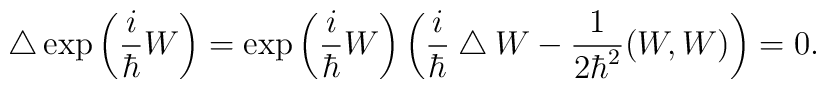
\bigtriangleup \exp \left( \frac{i}{\hbar} W \right) =\exp \left( \frac{i}{\hbar} W \right) \left( \frac{i}{\hbar} \bigtriangleup W -\frac{1}{2 \hbar^2} (W,W) \right)=0.